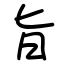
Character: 旨